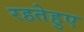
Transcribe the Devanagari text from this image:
रहतेहुए